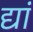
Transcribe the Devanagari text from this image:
द्यां